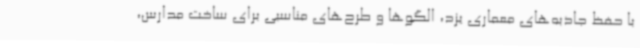
با حفظ جاذبه‌های معماری یزد، الگوها و طرح‌های مناسبی برای ساخت مدارس،